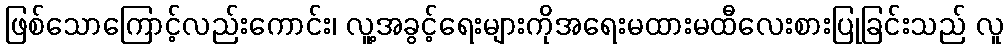
ဖြစ်သောကြောင့်လည်းကောင်း၊ လူ့အခွင့်ရေးများကိုအရေးမထားမထီလေးစားပြုခြင်းသည် လူ